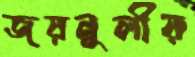
জয়নুলীয়